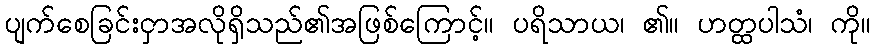
ပျက်စေခြင်းငှာအလိုရှိသည်၏အဖြစ်ကြောင့်။ ပရိသာယ၊ ၏။ ဟတ္ထပါသံ၊ ကို။